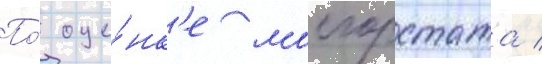
По́ оце́нк'е мосгорстата /